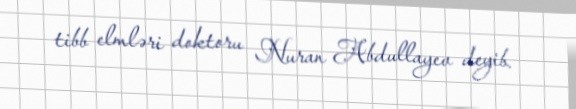
tibb elmləri doktoru Nuran Abdullayev deyib.